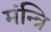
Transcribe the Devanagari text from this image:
मंन्त्रि